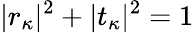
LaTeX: |r_{\kappa}|^{2}+|t_{\kappa}|^{2}=1